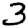
Digit: 3